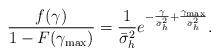
LaTeX: \begin{align*}\frac{f(\gamma)}{1-F(\gamma_{\max})}=\frac{1}{\bar{\sigma}_h^2 }{e^{-\frac{\gamma}{\bar{\sigma}_h^2}+\frac{\gamma_{\max}}{\bar{\sigma}_h^2}}}.\end{align*}